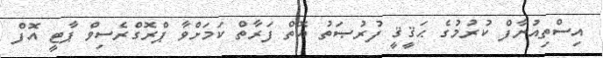
އިސްތިއުނާފް ކުރުމުގެ ޙަޤީޤީ ފުރުޞަތު އޮތް ފަރާތް ކަމަށްވާ ޕްރޮގްރެސިވް ޕާޓީ އޮފް